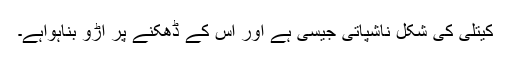
کیتلی کی شکل ناشپاتی جیسی ہے اور اس کے ڈھکنے پر آڑو بناہواہے۔